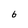
Character: 6